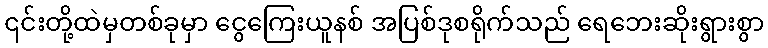
၎င်းတို့ထဲမှတစ်ခုမှာ ငွေကြေးယူနစ် အပြစ်ဒုစရိုက်သည် ရေဘေးဆိုးရွားစွာ